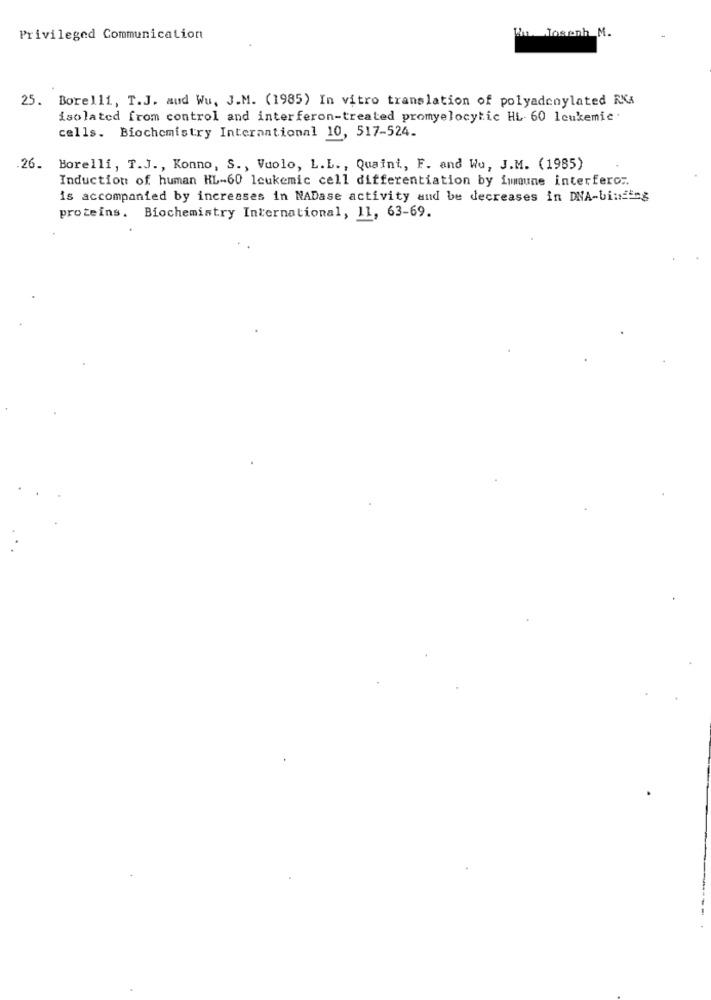
Ku. Joseph M.
Privileged Communication
25. Borelli, T.J. aud Wu, J.M. (1985) In vitro translation of polyadonylated RKA
isolated from control and interferon-treated promyelocytic HL- 60 leukemic .
cells. Biochemistry International 10, 517-524.
.26. Borelli, T.J ., Konno, S ., Vuolo, L.L ., Quaint, F. and Wu, J.M. (1985)
Induction of human HL-60 leukemic cell differentiation by immune interfero ..
is accompanied by increases in NADase activity and be decreases in DNA-binding
proteins. Biochemistry International, 11, 63-69.